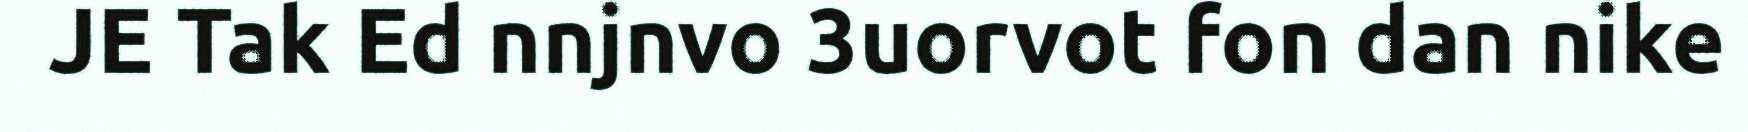
JE Tak Ed nnjnvo 3uorvot fon dan nike